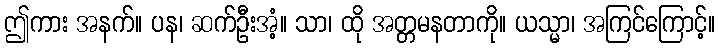
ဤကား အနက်။ ပန၊ ဆက်ဦးအံ့။ သာ၊ ထို အတ္တမနတာကို။ ယသ္မာ၊ အကြင်ကြောင့်။